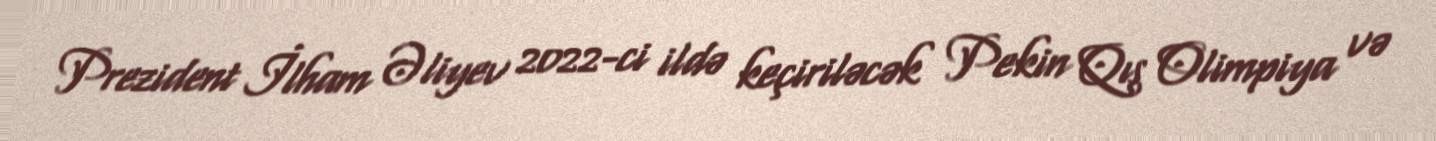
Prezident İlham Əliyev 2022-ci ildə keçiriləcək Pekin Qış Olimpiya və